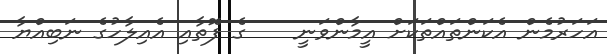
އަހަރުމެން އެކަންތައްތަކަށް އީމާންވަނީ    ގެ ފޮތާއި އެއިލާހުގެ ނަބިއްޔާ